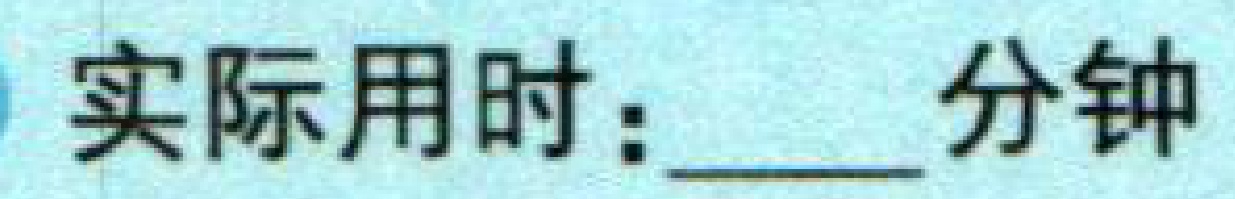
实际用时：\underline{\qquad}分钟